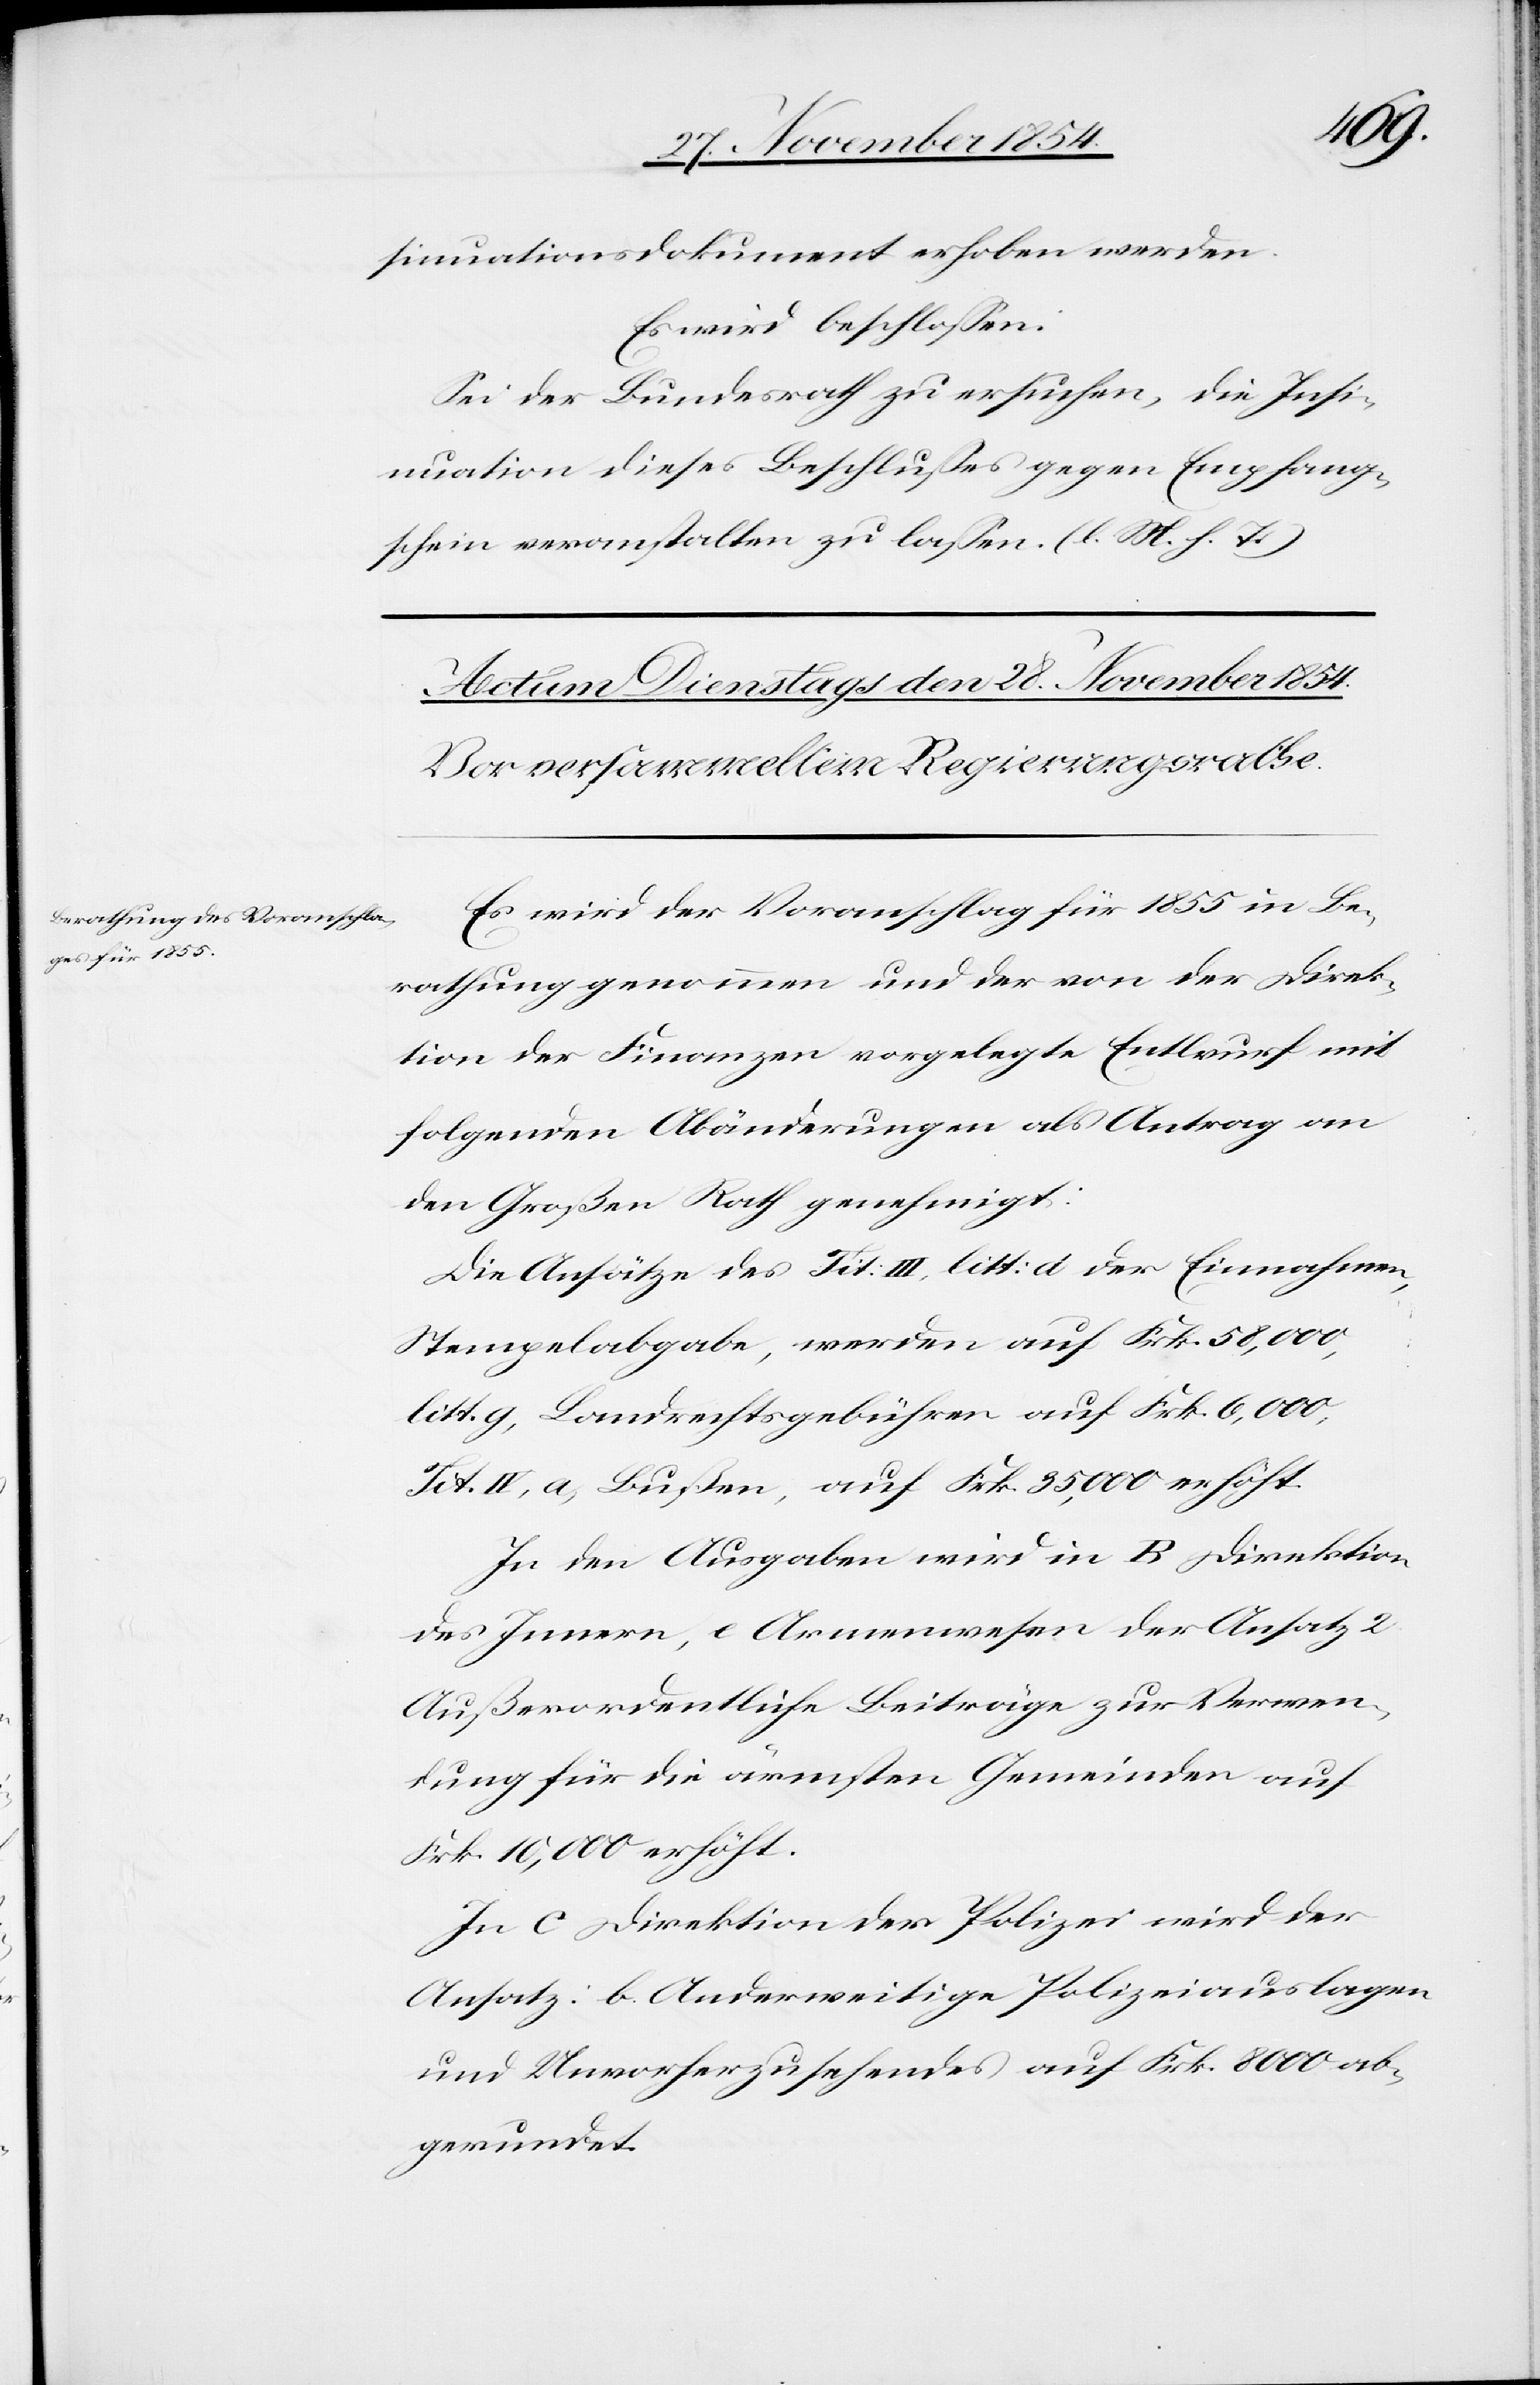
sinuationsdokument erhoben werden.
Es wird beschloßen:
Sei der Bundesrath zu ersuchen, die Insi¬
nuation dieses Beschlußes gegen Empfang¬
schein veranstalten zu laßen. (l. M. h. T.)
Es wird der Voranschlag für 1855 in Be¬
rathung genommen und der von der Direk¬
tion der Finanzen vorgelegte Entwurf mit
folgenden Abänderungen als Antrag an
den Großen Rath genehmigt:
Die Ansätze des Tit: III, litt: d der Einnahmen,
Stempelabgabe, werden auf Frk. 58,000,
litt. g, Landrechtsgebühren auf Frk. 6,000,
Tit. IV, a) Bußen, auf Frk. 35,000 erhöht.
In den Ausgaben wird in B Direktion
des Innern, e Armenwesen der Ansatz 2
Außerordentliche Beiträge zur Verwen¬
dung für die ärmsten Gemeinden auf
Frk. 10,000 erhöht.
In C Direktion der Polizei wird der
Ansatz: b. Anderweitige Polizeiauslagen
und Unvorherzusehendes auf Frk. 8000 ab¬
gerundet.